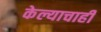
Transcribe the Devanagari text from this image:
केल्याचाही